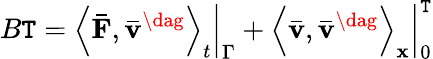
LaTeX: B\mathtt{T}={\left.{{{\left\langle{{\mathbf{{\bar{{F}}}}},{{{\mathbf{{\bar{{v}}}}}}^{\dag}}}\right\rangle}_{t}}}\right|_{\Gamma}}+\left.{{{\left\langle{{\mathbf{{\bar{{v}}}}},{{{\mathbf{{\bar{{v}}}}}}^{\dag}}}\right\rangle}_{\mathbf{{x}}}}}\right|_{0}^{\mathtt{T}}